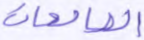
الصالحات